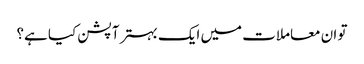
تو ان معاملات میں ایک بہتر آپشن کیا ہے؟